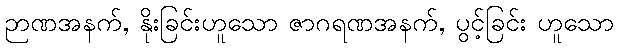
ဉာဏအနက်, နိုးခြင်းဟူသော ဇာဂရဏအနက်, ပွင့်ခြင်း ဟူသော